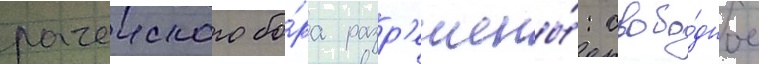
рачеиского бо́ра разр'ешены́: свобо́дное